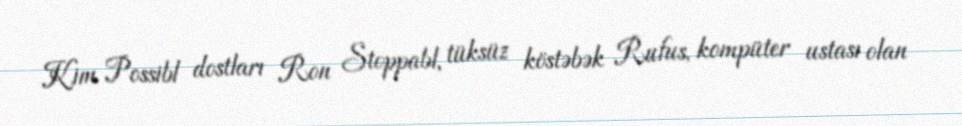
Kim Possibl dostları Ron Stoppabl, tüksüz köstəbək Rufus, kompüter ustası olan